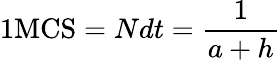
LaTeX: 1\mathrm{MCS}=Ndt=\frac{1}{a+h}